Annual administration and progress report of the Indian Medical Department, Bombay
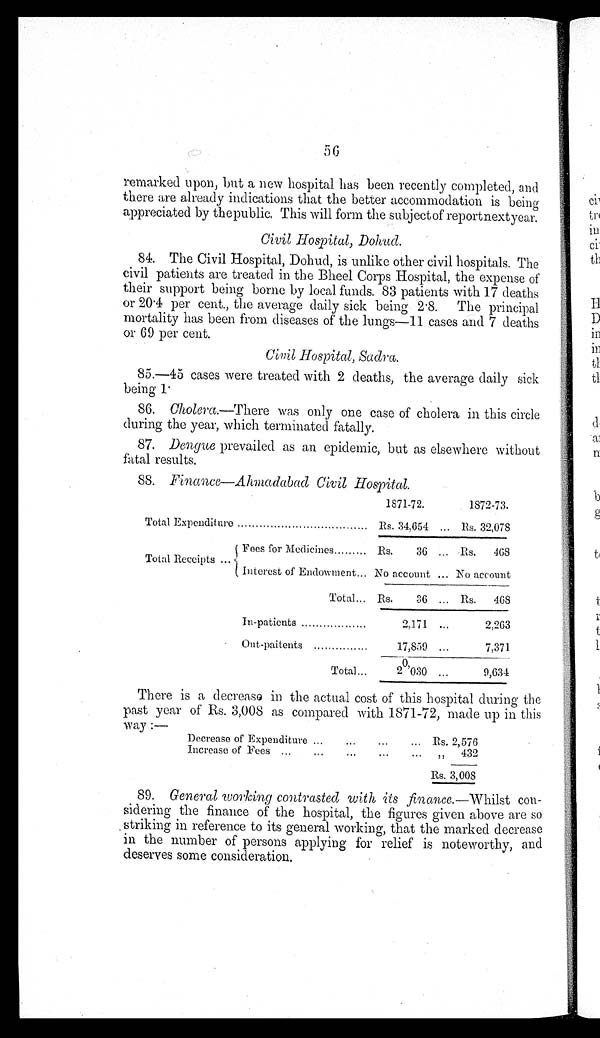
56
remarked upon, but a new hospital has been recently completed, and
there are already indications that the better accommodation is being
appreciated by the public. This will form the subject of reportnextyear.
Civil Hospital, Dolead.
84. The Civil Hospital, Dohud, is unlike other civil hospitals. The
civil patients are treated in the Bheel Corps Hospital, the expense of
their support being borne by local funds, 83 patients with 17 deaths
or 20.4 per cent., the average daily sick being 2.8. The principal
mortality has been from diseases of the lungs—11 cases and 7 deaths
or 69 per cent.
Civil Hospital, Sadra.
85.—45 cases were treated with 2 deaths, the average daily sick
being 1.
86. Cholera.—There was only one case of cholera in this circle
during the year, which terminated fatally.
87. Dengue prevailed as an epidemic, but as elsewhere without
fatal results.
88. Finance—Ahmadabad Civil Hospital.
1871-72.
1872-73.
Total Expenditure . . .
Rs. 34,654 . . . Rs. 32,078
Total Receipts . . .
Fees for Medicines . . .
Rs.
36 . . . Rs.
468
Interest of Endowment . . . No account . . . No account
Total . . . Rs.
36 . . . Rs.
468
In-patients . . .
2,171. . .
2,263
Out-paitents . . .
17,859 . . .
7,371
Total . . .
20,030 . . .
9,634
There is a decrease in the actual cost of this hospital during the
past year of Rs. 3,008 as compared with 1871-72, made up in this
way :—
Decrease of Expenditure . . . Rs. 2,576
Increase of Fees . . .
" 432
Rs. 3,008
89. General working contrasted with its finance. —Whilst con-
sidering the finance of the hospital, the figures given above are so
striking in reference to its general working, that the marked decrease
in the number of persons applying for relief is noteworthy, and
deserves some consideration.